Civil Veterinary Department. United Provinces 1923-31 - 1923-1931
Year: 1923
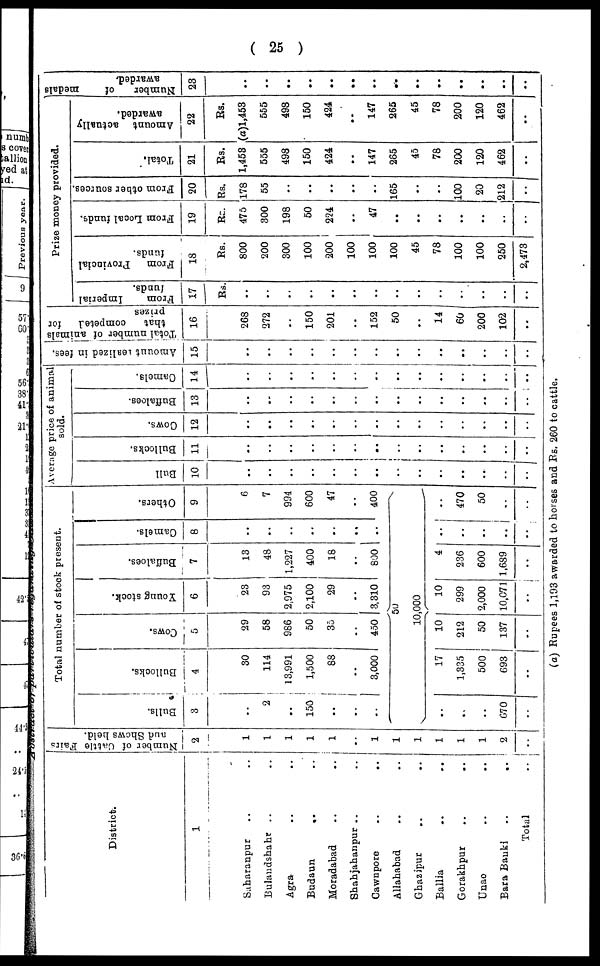
(25)
District.
1
Saharanpur .. ..
Bulandshahr .. ..
Agra .. ..
Budaun
..
..
Moradabad .. ..
Shahjahanpur .. ..
Cawnpore
..
..
Allahabad
.. ..
Ghazipur .. ..
Ballia .. ..
Gorakhpur .. ..
Unao .. ..
Bara Banki ..
..
Total
..
Number of Cattle Fairs
and
Shews held.
2
1
1
1
1
1
..
1
1
1
1
1
1
2
..
Total number of stock present.
Bulls.
3
..
2
..
150
..
..
..
..
..
..
..
..
670
..
Bullocks.
4
30
114
13,991
1,500
88
..
3,000
17
1,335
500
693
..
Cows.
5
29
58
986
50
35
..
450
Young stock.
6
23
93
2,975
2,100
29
..
3,310
50
10,000
10
212
50
137
..
10
299
2,000
10,071
..
Buffaloes.
7
13
48
1,227
400
18
..
800
4
236
600
1,689
..
Camels.
8
..
..
..
..
..
..
..
..
..
..
..
..
Others.
9
6
7
994
600
47
..
400
..
470
50
..
..
Average price of animal
sold.
Bull
10
..
..
..
..
..
..
..
..
..
..
..
..
..
..
Bullocks.
11
..
..
..
..
..
..
..
..
..
..
..
..
..
..
Cows.
12
..
..
..
..
..
..
..
..
..
..
..
..
..
..
Buffaloes.
13
..
..
..
..
..
..
..
..
..
..
..
..
..
..
Camels.
14
..
..
..
..
..
..
..
..
..
..
..
..
..
..
Amount realized in fees.
15
..
..
..
..
..
..
..
..
..
..
..
..
..
..
Total number of animals
that
competed
for
prizes
16
268
272
..
150
201
..
152
50
..
14
60
200
102
..
Prize money provided.
From
Imperial
funds.
17
Rs.
..
..
..
..
..
..
..
..
..
..
..
..
..
..
From
Provincial
funds.
18
Rs.
800
200
300
100
200
100
100
100
45
78
100
100
250
2,473
From Local funds.
19
Rs.
475
300
198
50
224
..
47
..
..
..
..
..
..
..
From other sources.
20
Rs.
178
55
..
..
..
..
..
165
..
..
100
20
212
..
Total.
21
Rs.
1,453
555
498
150
424
..
147
265
45
78
200
120
462
..
Amount actually
awarded.
22
Rs.
(a)1,453
555
498
150
424
..
147
265
45
78
200
120
462
..
Number of
medals
awarded.
23
..
..
..
..
..
..
..
..
..
..
..
..
..
..
(a) Rupees 1,193 awarded to horses and Rs. 260 to cattle,